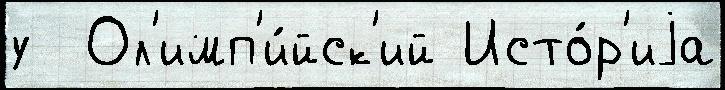
у  Ол'имп'и́йск'ий Исто́р'иjа